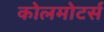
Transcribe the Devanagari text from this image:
कोलमोटर्स